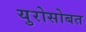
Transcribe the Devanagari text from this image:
युरोसोबत